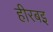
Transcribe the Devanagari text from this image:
हीरबइ